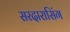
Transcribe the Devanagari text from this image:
सरदारासिंग